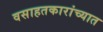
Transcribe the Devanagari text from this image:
वसाहतकारांच्यात